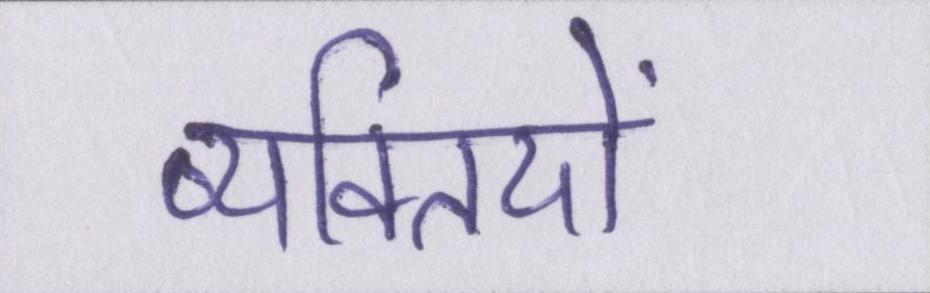
व्यक्तियों